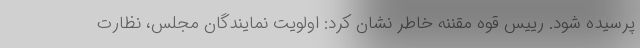
پرسیده شود. رییس قوه مقننه خاطر نشان کرد: اولویت نمایندگان مجلس، نظارت